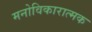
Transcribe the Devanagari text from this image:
मनोविकारात्मक